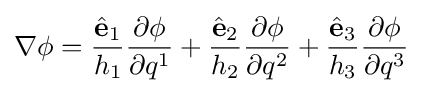
\nabla \phi ={\frac {{\hat {\mathbf {e} }}_{1}}{h_{1}}}{\frac {\partial \phi }{\partial q^{1}}}+{\frac {{\hat {\mathbf {e} }}_{2}}{h_{2}}}{\frac {\partial \phi }{\partial q^{2}}}+{\frac {{\hat {\mathbf {e} }}_{3}}{h_{3}}}{\frac {\partial \phi }{\partial q^{3}}}